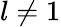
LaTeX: l\not=1